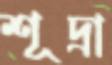
শূদ্রা